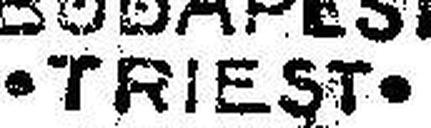
• TRIEST •